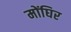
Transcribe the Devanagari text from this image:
मोंघिर